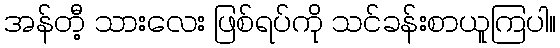
အန်တီ့ သားလေး ဖြစ်ရပ်ကို သင်ခန်းစာယူကြပါ။